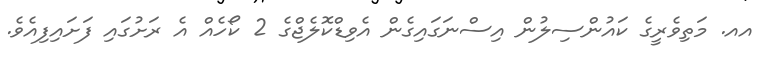
އއ. މަތިވެރީގެ ކައުންސިލުން އިސްނަގައިގެން އެވިޑްކޮލެޖްގެ 2 ކޯހެއް އެ ރަށުގައި ފަށައިފިއެވެ.